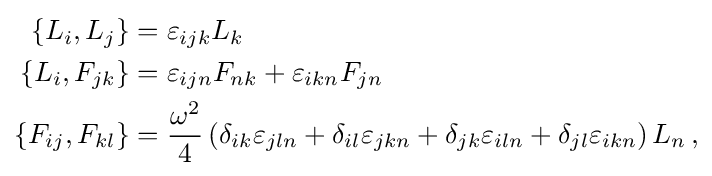
{\begin{aligned}\{L_{i},L_{j}\}&=\varepsilon _{ijk}L_{k}\\\{L_{i},F_{jk}\}&=\varepsilon _{ijn}F_{nk}+\varepsilon _{ikn}F_{jn}\\\{F_{ij},F_{kl}\}&={\frac {\omega ^{2}}{4}}\left(\delta _{ik}\varepsilon _{jln}+\delta _{il}\varepsilon _{jkn}+\delta _{jk}\varepsilon _{iln}+\delta _{jl}\varepsilon _{ikn}\right)L_{n}\,,\end{aligned}}